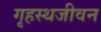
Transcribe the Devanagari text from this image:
गृहस्थजीवन